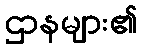
ဌာနများ၏